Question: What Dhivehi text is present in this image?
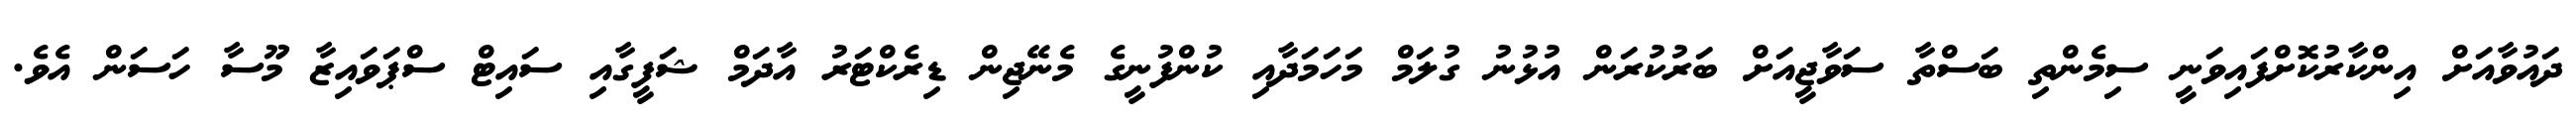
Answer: ދައުވާއަށް އިންކާރުކޮށްފައިވަނީ ސިމެންތި ބަސްތާ ސަވާޖީއަށް ބަރުކުރަން އުޅުނު ގުލަމް މަހަމަދާއި ކުންފުނީގެ މެނޭޖިން ޑިރެކްޓަރު އާދަމް ޝަފީގާއި ސައިޓް ސްޕަވައިޒާ މޫސާ ހަސަން އެވެ.